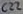
Text: C22